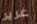
غرير